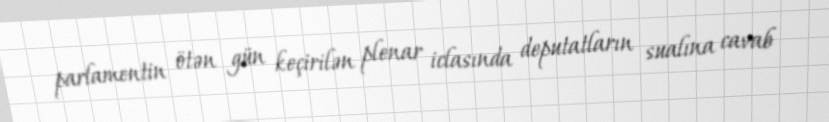
parlamentin ötən gün keçirilən plenar iclasında deputatların sualına cavab